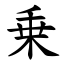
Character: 乗